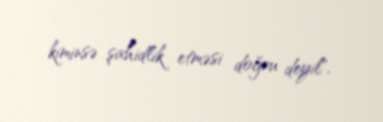
kiminsə şahidlik etməsi doğru deyil".